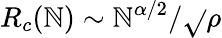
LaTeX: R_{c}(\mathbb{N})\sim\mathbb{N}^{\alpha/2}/\sqrt{}{{\rho}}